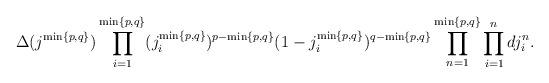
LaTeX: \begin{align*}\Delta(j^{\min\{p, q\}}) \prod_{i = 1}^{\min\{p, q\}} (j^{\min\{p, q\}}_i)^{p - \min\{p, q\}} (1 - j^{\min\{p, q\}}_i)^{q - \min\{p, q\}} \prod_{n = 1}^{\min\{p, q\}} \prod_{i = 1}^n dj^n_i.\end{align*}